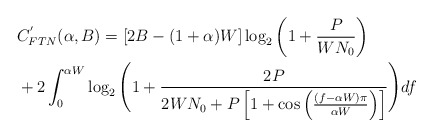
\begin{align*}&C^{'}_{FTN}(\alpha,B) = \left[2B-(1+\alpha)W\right] \log_{2} \left( 1 + \frac{P}{WN_{0}}\right) \\ &+2 \int_{0}^{\alpha W}\log_{2} \Bigg(1+ \frac{2P}{2WN_{0}+P\left[1+\cos\left(\frac{(f-\alpha W)\pi}{\alpha W}\right)\right]}\Bigg) df\end{align*}